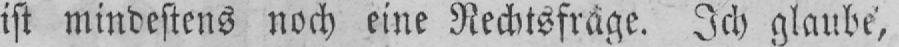
ist mindestens noch eine Rechtsfrage, Ich glaube,